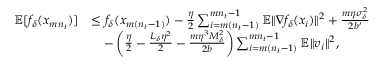
\begin{array} { r l } { \mathbb { E } [ f _ { \delta } ( x _ { m n _ { t } } ) ] } & { \le f _ { \delta } ( x _ { m ( n _ { t } - 1 ) } ) - \frac { \eta } { 2 } \sum _ { i = m ( n _ { t } - 1 ) } ^ { m n _ { t } - 1 } { \mathbb { E } } \Vert \nabla f _ { \delta } ( x _ { i } ) \Vert ^ { 2 } + \frac { m \eta \sigma _ { \delta } ^ { 2 } } { 2 b ^ { \prime } } } \\ & { \quad - \left( \frac { \eta } { 2 } - \frac { L _ { \delta } \eta ^ { 2 } } { 2 } - \frac { m \eta ^ { 3 } M _ { \delta } ^ { 2 } } { 2 b } \right) \sum _ { i = m ( n _ { t } - 1 ) } ^ { m n _ { t } - 1 } { \mathbb { E } } \Vert v _ { i } \Vert ^ { 2 } , } \end{array}